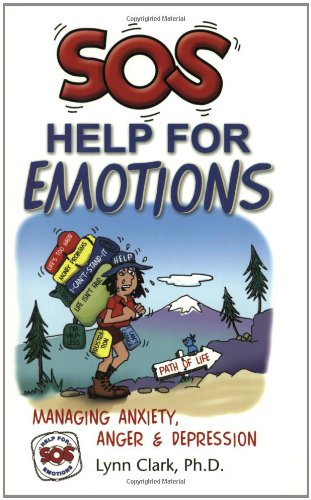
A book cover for SOS Help for Emotions: Managing Anxiety, Anger, and Depression (Revised 2014); Lynn Clark; Health, Fitness & Dieting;